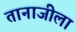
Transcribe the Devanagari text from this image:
तानाजीला